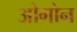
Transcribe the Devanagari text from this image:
ओगोन